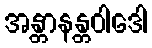
အန္တာနန္တဝါဒေါ